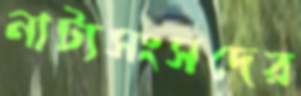
নাট্যসংসদের